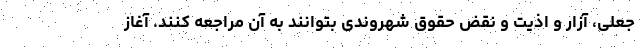
جعلی، آزار و اذیت و نقض حقوق شهروندی بتوانند به آن مراجعه کنند. آغاز